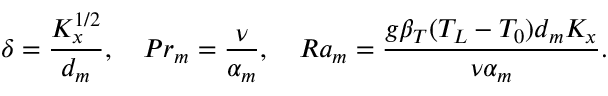
\delta = \frac { K _ { x } ^ { 1 / 2 } } { d _ { m } } , \quad P r _ { m } = \frac { \nu } { \alpha _ { m } } , \quad R a _ { m } = \frac { g \beta _ { T } ( T _ { L } - T _ { 0 } ) d _ { m } K _ { x } } { \nu \alpha _ { m } } .